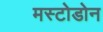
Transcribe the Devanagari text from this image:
मस्टोडोन